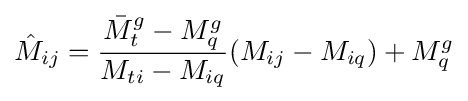
{\hat {M}}_{ij}={\frac {{\bar {M}}_{t}^{g}-M_{q}^{g}}{M_{ti}-M_{iq}}}(M_{ij}-M_{iq})+M_{q}^{g}